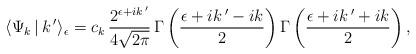
LaTeX: \begin{align*}\langle \Psi_k\,|\,k\,'\rangle_\epsilon= c_k\,\frac{2^{\epsilon +ik\,'}}{4\sqrt{2\pi}}\,\Gamma\left(\frac{\epsilon +ik\,'-ik}{2}\right)\Gamma\left(\frac{\epsilon +ik\,'+ik}{2}\right),\end{align*}